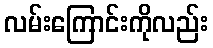
လမ်းကြောင်းကိုလည်း